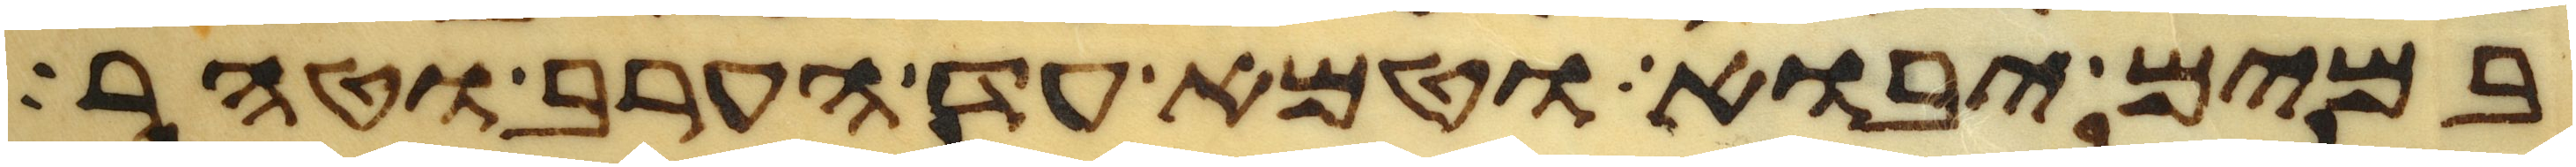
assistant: במים יבוא וטמא עד הערב וטהר